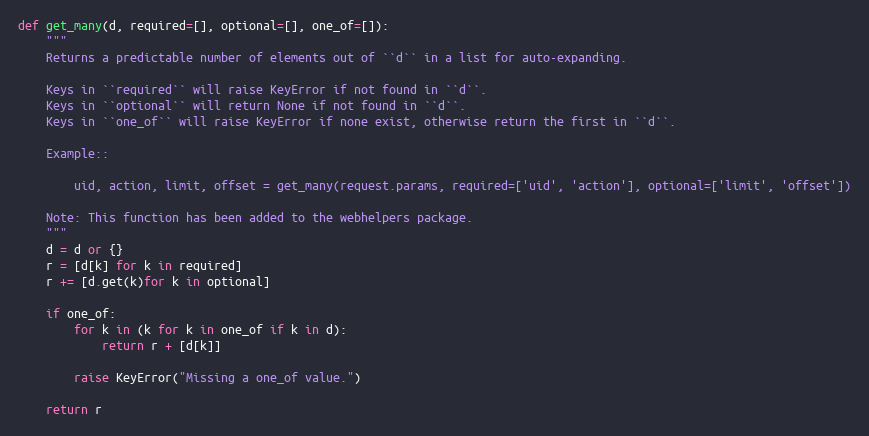
Language: Python
def get_many(d, required=[], optional=[], one_of=[]):
    """
    Returns a predictable number of elements out of ``d`` in a list for auto-expanding.

    Keys in ``required`` will raise KeyError if not found in ``d``.
    Keys in ``optional`` will return None if not found in ``d``.
    Keys in ``one_of`` will raise KeyError if none exist, otherwise return the first in ``d``.

    Example::

        uid, action, limit, offset = get_many(request.params, required=['uid', 'action'], optional=['limit', 'offset'])

    Note: This function has been added to the webhelpers package.
    """
    d = d or {}
    r = [d[k] for k in required]
    r += [d.get(k)for k in optional]

    if one_of:
        for k in (k for k in one_of if k in d):
            return r + [d[k]]

        raise KeyError("Missing a one_of value.")

    return r